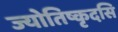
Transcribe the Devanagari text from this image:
ज्योतिष्कृदसि